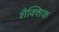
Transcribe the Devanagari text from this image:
शैक्शिक